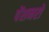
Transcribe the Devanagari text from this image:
पेंशनरों